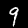
Digit: 9